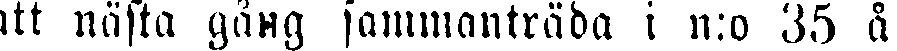
att nästa gäng sammanträda i n:o 35 å